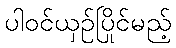
ပါဝင်ယှဉ်ပြိုင်မည့်